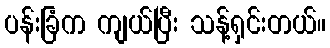
ပန်းခြံက ကျယ်ပြီး သန့်ရှင်းတယ်။